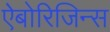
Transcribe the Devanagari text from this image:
ऐबोरिजिन्स